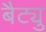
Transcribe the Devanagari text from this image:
बैट्यु